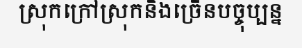
ស្រុកក្រៅស្រុកនិងច្រើនបច្ចុប្បន្ន